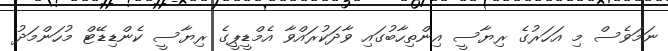
ނަމަވެސް މި އަހަރުގެ ރިޔާސީ އިންތިހާބުގައި ވާދަކުރައްވާ އެމްޑީޕީގެ ރިޔާސީ ކެންޑިޑޭޓް މުހަންމަދު